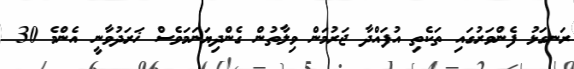
ރަނގަޅު ފެންވަރުގައި ތަކެތި އުފައްދާ ޖަރުމަން ވިލާތުން ގެންދިޔަނަމަވެސް ޚަރަދުވާނީ އެންމެ 30